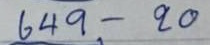
649 - 20